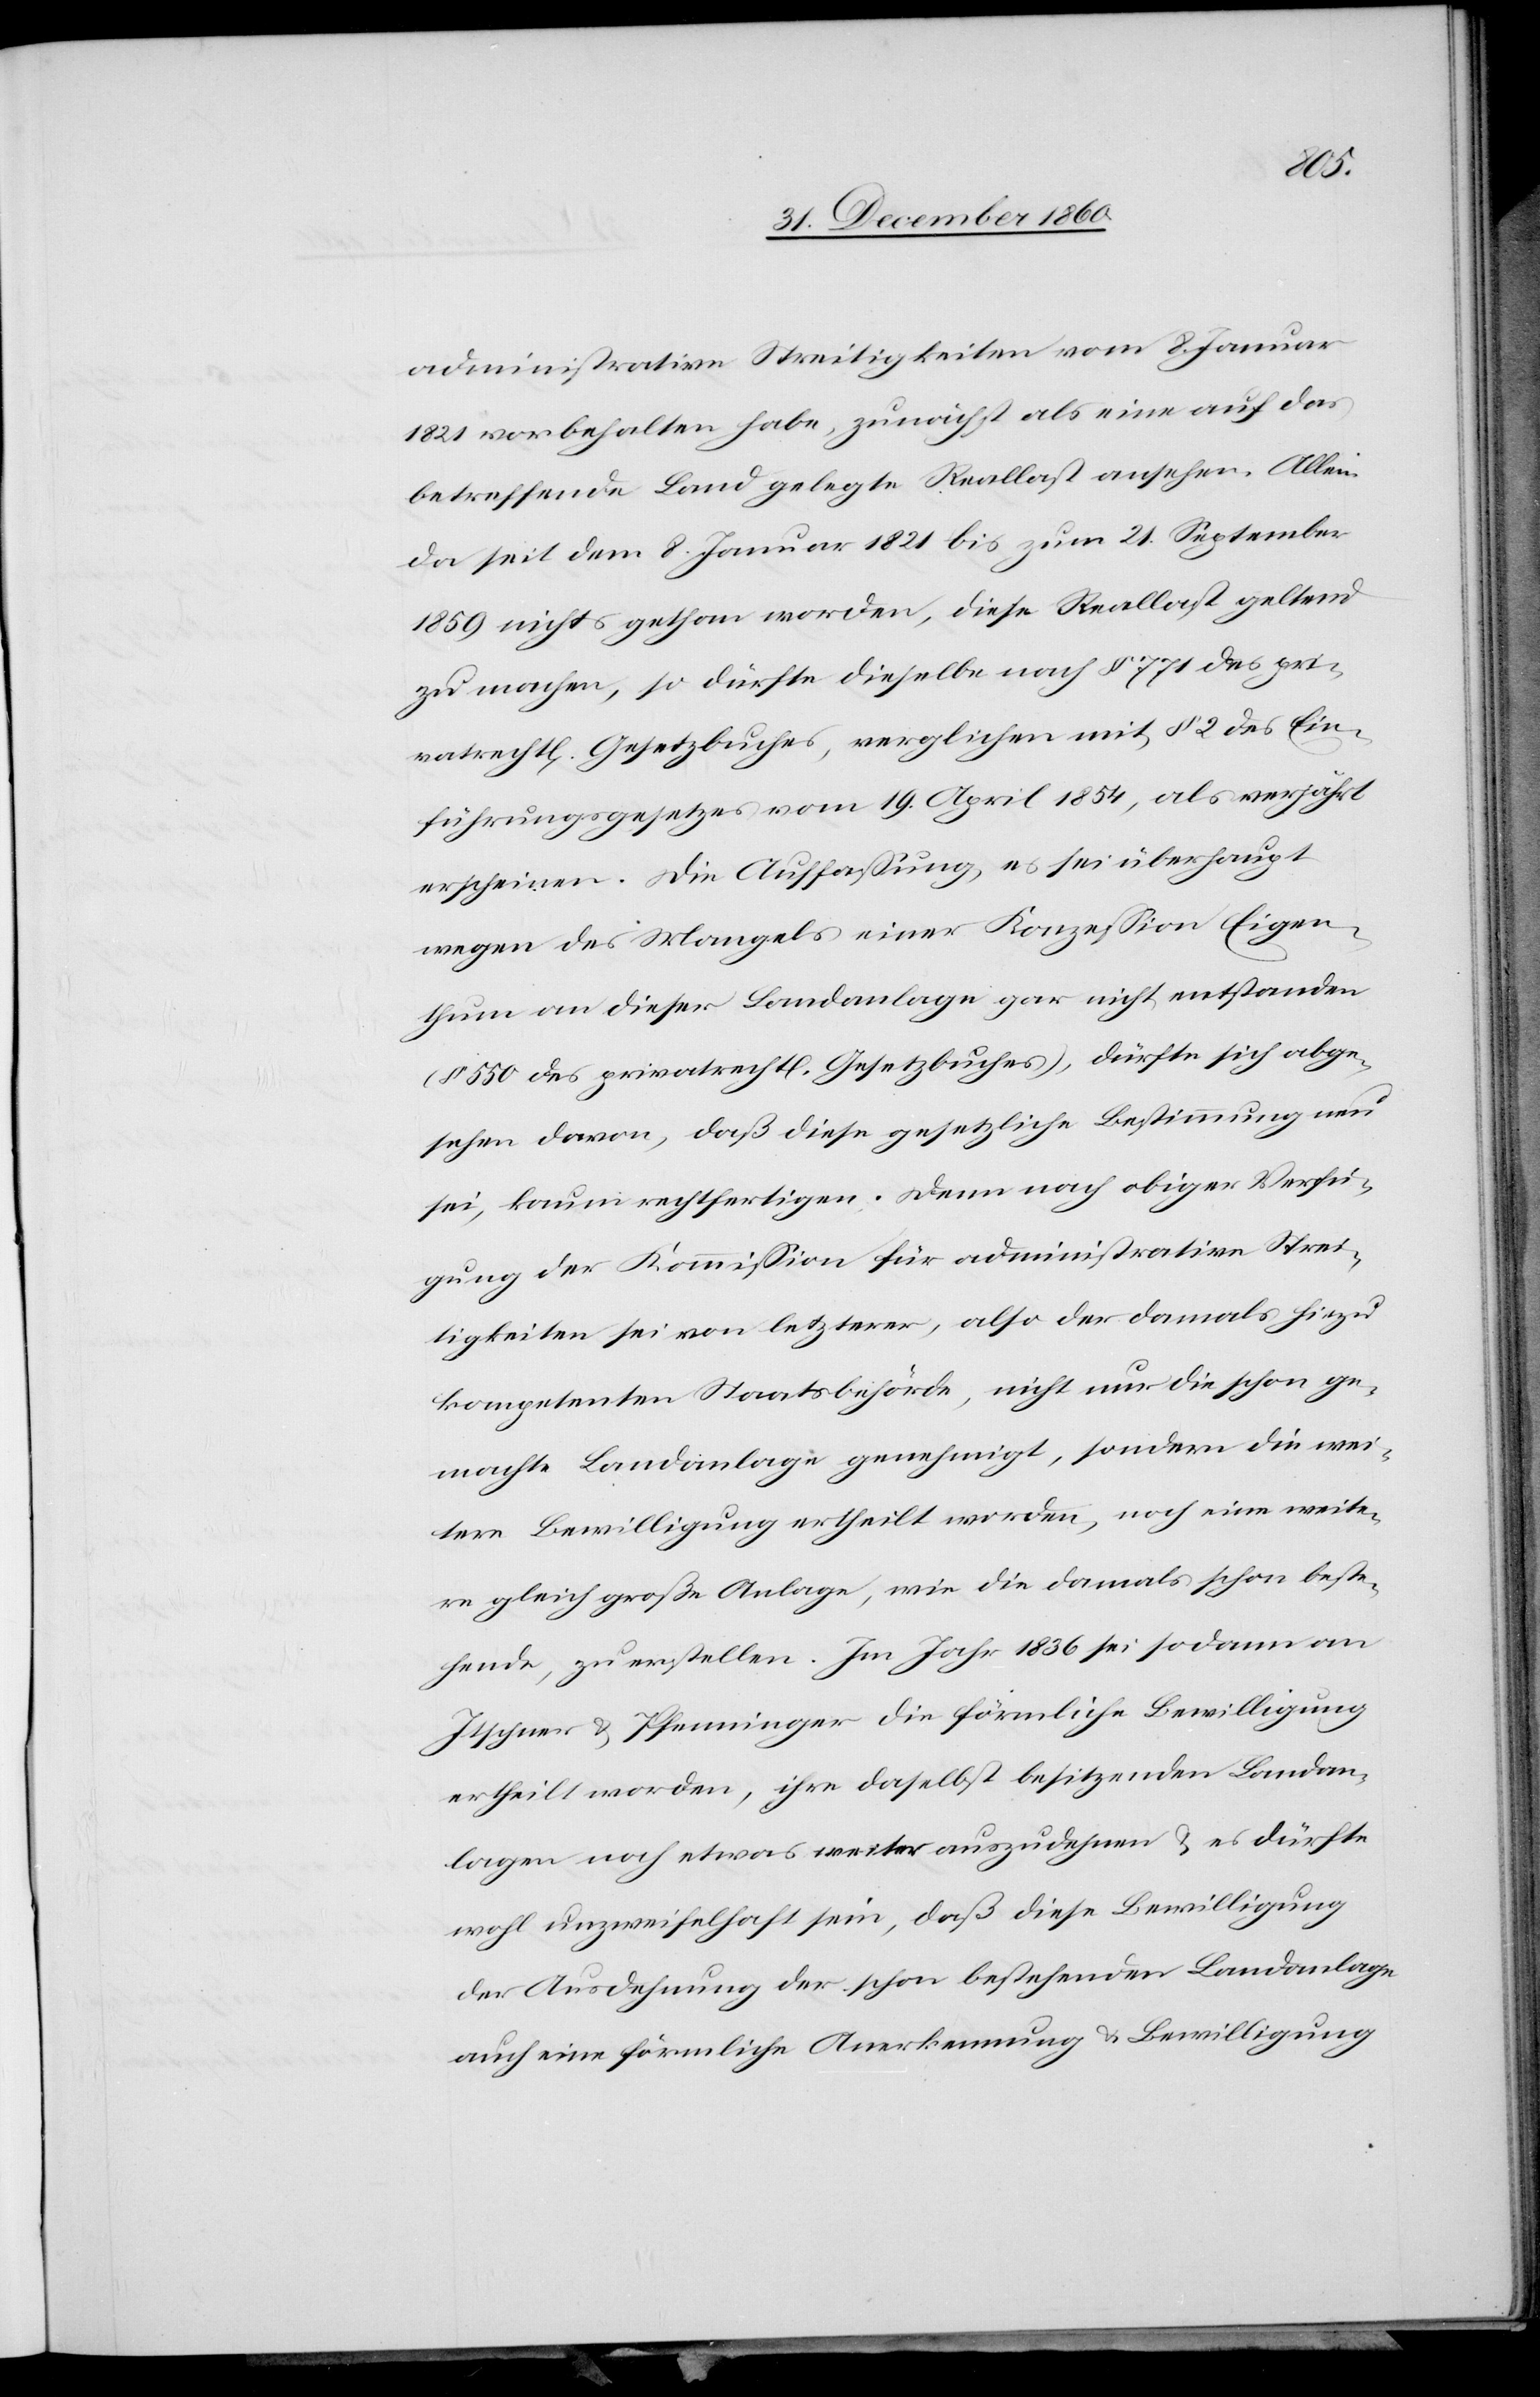
administrative Streitigkeiten vom 8. Januar
1821 vorbehalten habe, zunächst als eine auf das
betreffende Land gelegte Reallast ansehen. Allein
da seit dem 8. Januar 1821 bis zum 21. September
1859 nichts gethan worden, diese Reallast geltend
zu machen, so dürfte dieselbe nach § 771 des pri¬
vatrecht[lichen] Gesetzbuches, verglichen mit § 2 des Ein¬
führungsgesetzes vom 19. April 1854, als verjährt
erscheinen. Die Auffassung, es sei überhaupt
wegen des Mangels einer Konzession Eigen¬
thum an dieser Landanlage gar nicht entstanden
(§ 550 des privatrecht[lichen] Gesetzbuches), dürfte sich abge¬
sehen davon, daß diese gesetzliche Bestimmung neu
sei, kaum rechtfertigen. Denn nach obiger Verfü¬
gung der Kommission für administrative Strei¬
tigkeiten sei von letzterer, also der damals hiezu
kompetenten Staatsbehörde , nicht nur die schon ge¬
machte Landanlage genehmigt, sondern die wei¬
tere Bewilligung ertheilt worden, noch eine weite¬
re gleich große Anlage, wie die damals schon beste¬
hende, zu erstellen. Im Jahr 1836 sei sodann an
Itschner u. Pfenninger die förmliche Bewilligung
ertheilt worden, ihre daselbst besitzenden Landan¬
lagen noch etwas weiter auszudehnen u. es dürfte
wohl unzweifelhaft sein, daß diese Bewilligung
der Ausdehnung der schon bestehenden Landanlage
auch eine förmliche Anerkennung u. Bewilligung